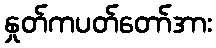
နှုတ်ကပတ်တော်အား